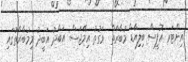
އިންޓަރ އޮފީސް ބިލިއާޑް މުބާރާތް  ވަގުތު އިމޭޖަސް: އަބްދު އަބީދު މިމުބާރާތުގައި